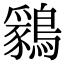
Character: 𪅊